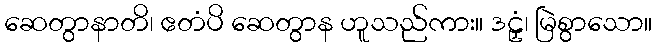
ဆေတွာနာတိ၊ ဧတံပိ ဆေတွာန ဟူသည်ကား။ ဒဠှံ၊ မြဲစွာသော။